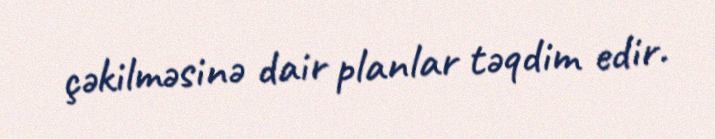
çəkilməsinə dair planlar təqdim edir.